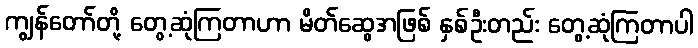
ကျွန်တော်တို့ တွေ့ဆုံကြတာဟာ မိတ်ဆွေအဖြစ် နှစ်ဦးတည်း တွေ့ဆုံကြတာပါ